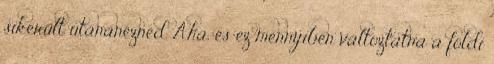
sikerült utánanézned. Aha, és ez mennyiben változtatna a földi